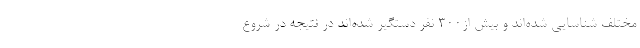
مختلف شناسایی شده‌اند و بیش از300 نفر دستگیر شده‌اند در نتیجه در شروع